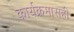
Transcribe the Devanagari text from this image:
कार्यक्रमासही